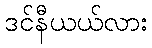
ဒင်နီယယ်လား